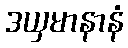
ဒယှမာနာနံ